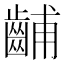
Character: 𫜦